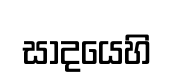
සාදයෙහි